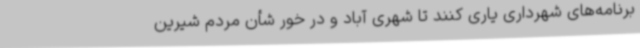
برنامه‌های شهرداری یاری کنند تا شهری آباد و در خور شأن مردم شیرین